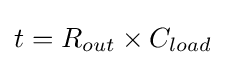
t=R_{out}\times C_{load}